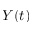
Y ( t )